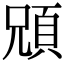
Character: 𩒇